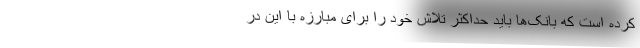
کرده است که بانک‌ها باید حداکثر تلاش خود را برای مبارزه با این در